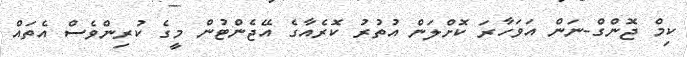
ކިމް ޖޮންގް-ނަން އަވަހާރަ ކޮށްލަން އުތުރު ކޮރެއާގެ އޭޖެންޓުން މީގެ ކުރިންވެސް އެތައް